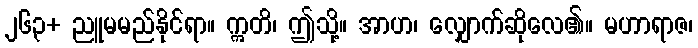
၂၆၃+ ညူမမည်နိုင်ရာ။ ဣတိ၊ ဤသို့။ အာဟ၊ လျှောက်ဆိုလေ၏။ မဟာရာဇ၊